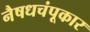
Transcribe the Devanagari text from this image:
नैषधचंपूकार